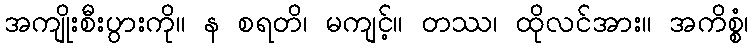
အကျိုးစီးပွားကို။ န စရတိ၊ မကျင့်။ တဿ၊ ထိုလင်အား။ အကိစ္စံ၊